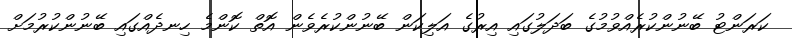
ކަރަންޓު ބޭނުންކުރެއްވުމުގެ ބަދަލުގައި އިރުގެ އަލިކަން ބޭނުންކުރެވެން އޮތް ކޮންމެ ހިނދެއްގައި ބޭނުންކުރުމަށް